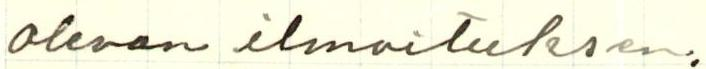
olevan ilmoituksen.